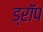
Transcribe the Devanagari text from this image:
ड्राॅप